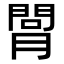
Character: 𦟲